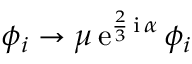
\phi _ { i } \rightarrow \mu \, \mathrm { e } ^ { \frac { 2 } { 3 } \, \mathrm { i } \, \alpha } \, \phi _ { i }